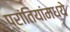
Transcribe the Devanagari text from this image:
प्रांतियांमध्ये